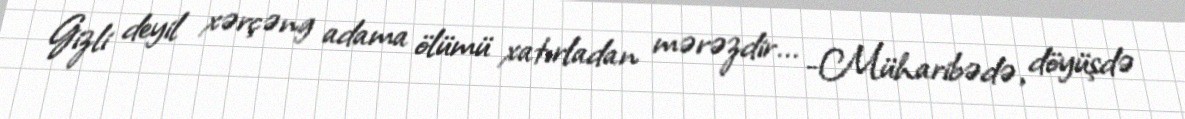
Gizli deyil xərçəng adama ölümü xatırladan mərəzdir... -Müharibədə, döyüşdə